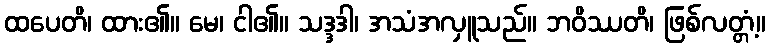
ထပေတိ၊ ထား၏။ မေ၊ ငါ၏။ သဒ္ဒဒါ၊ အသံအလှူသည်။ ဘဝိဿတိ၊ ဖြစ်လတ္တံ့။